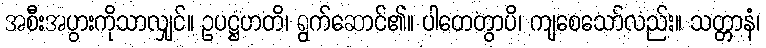
အစီးအပွားကိုသာလျှင်။ ဥပဋ္ဌဟတိ၊ ရွက်ဆောင်၏။ ပါတေတွာပိ၊ ကျစေသော်လည်း။ သတ္တာနံ၊